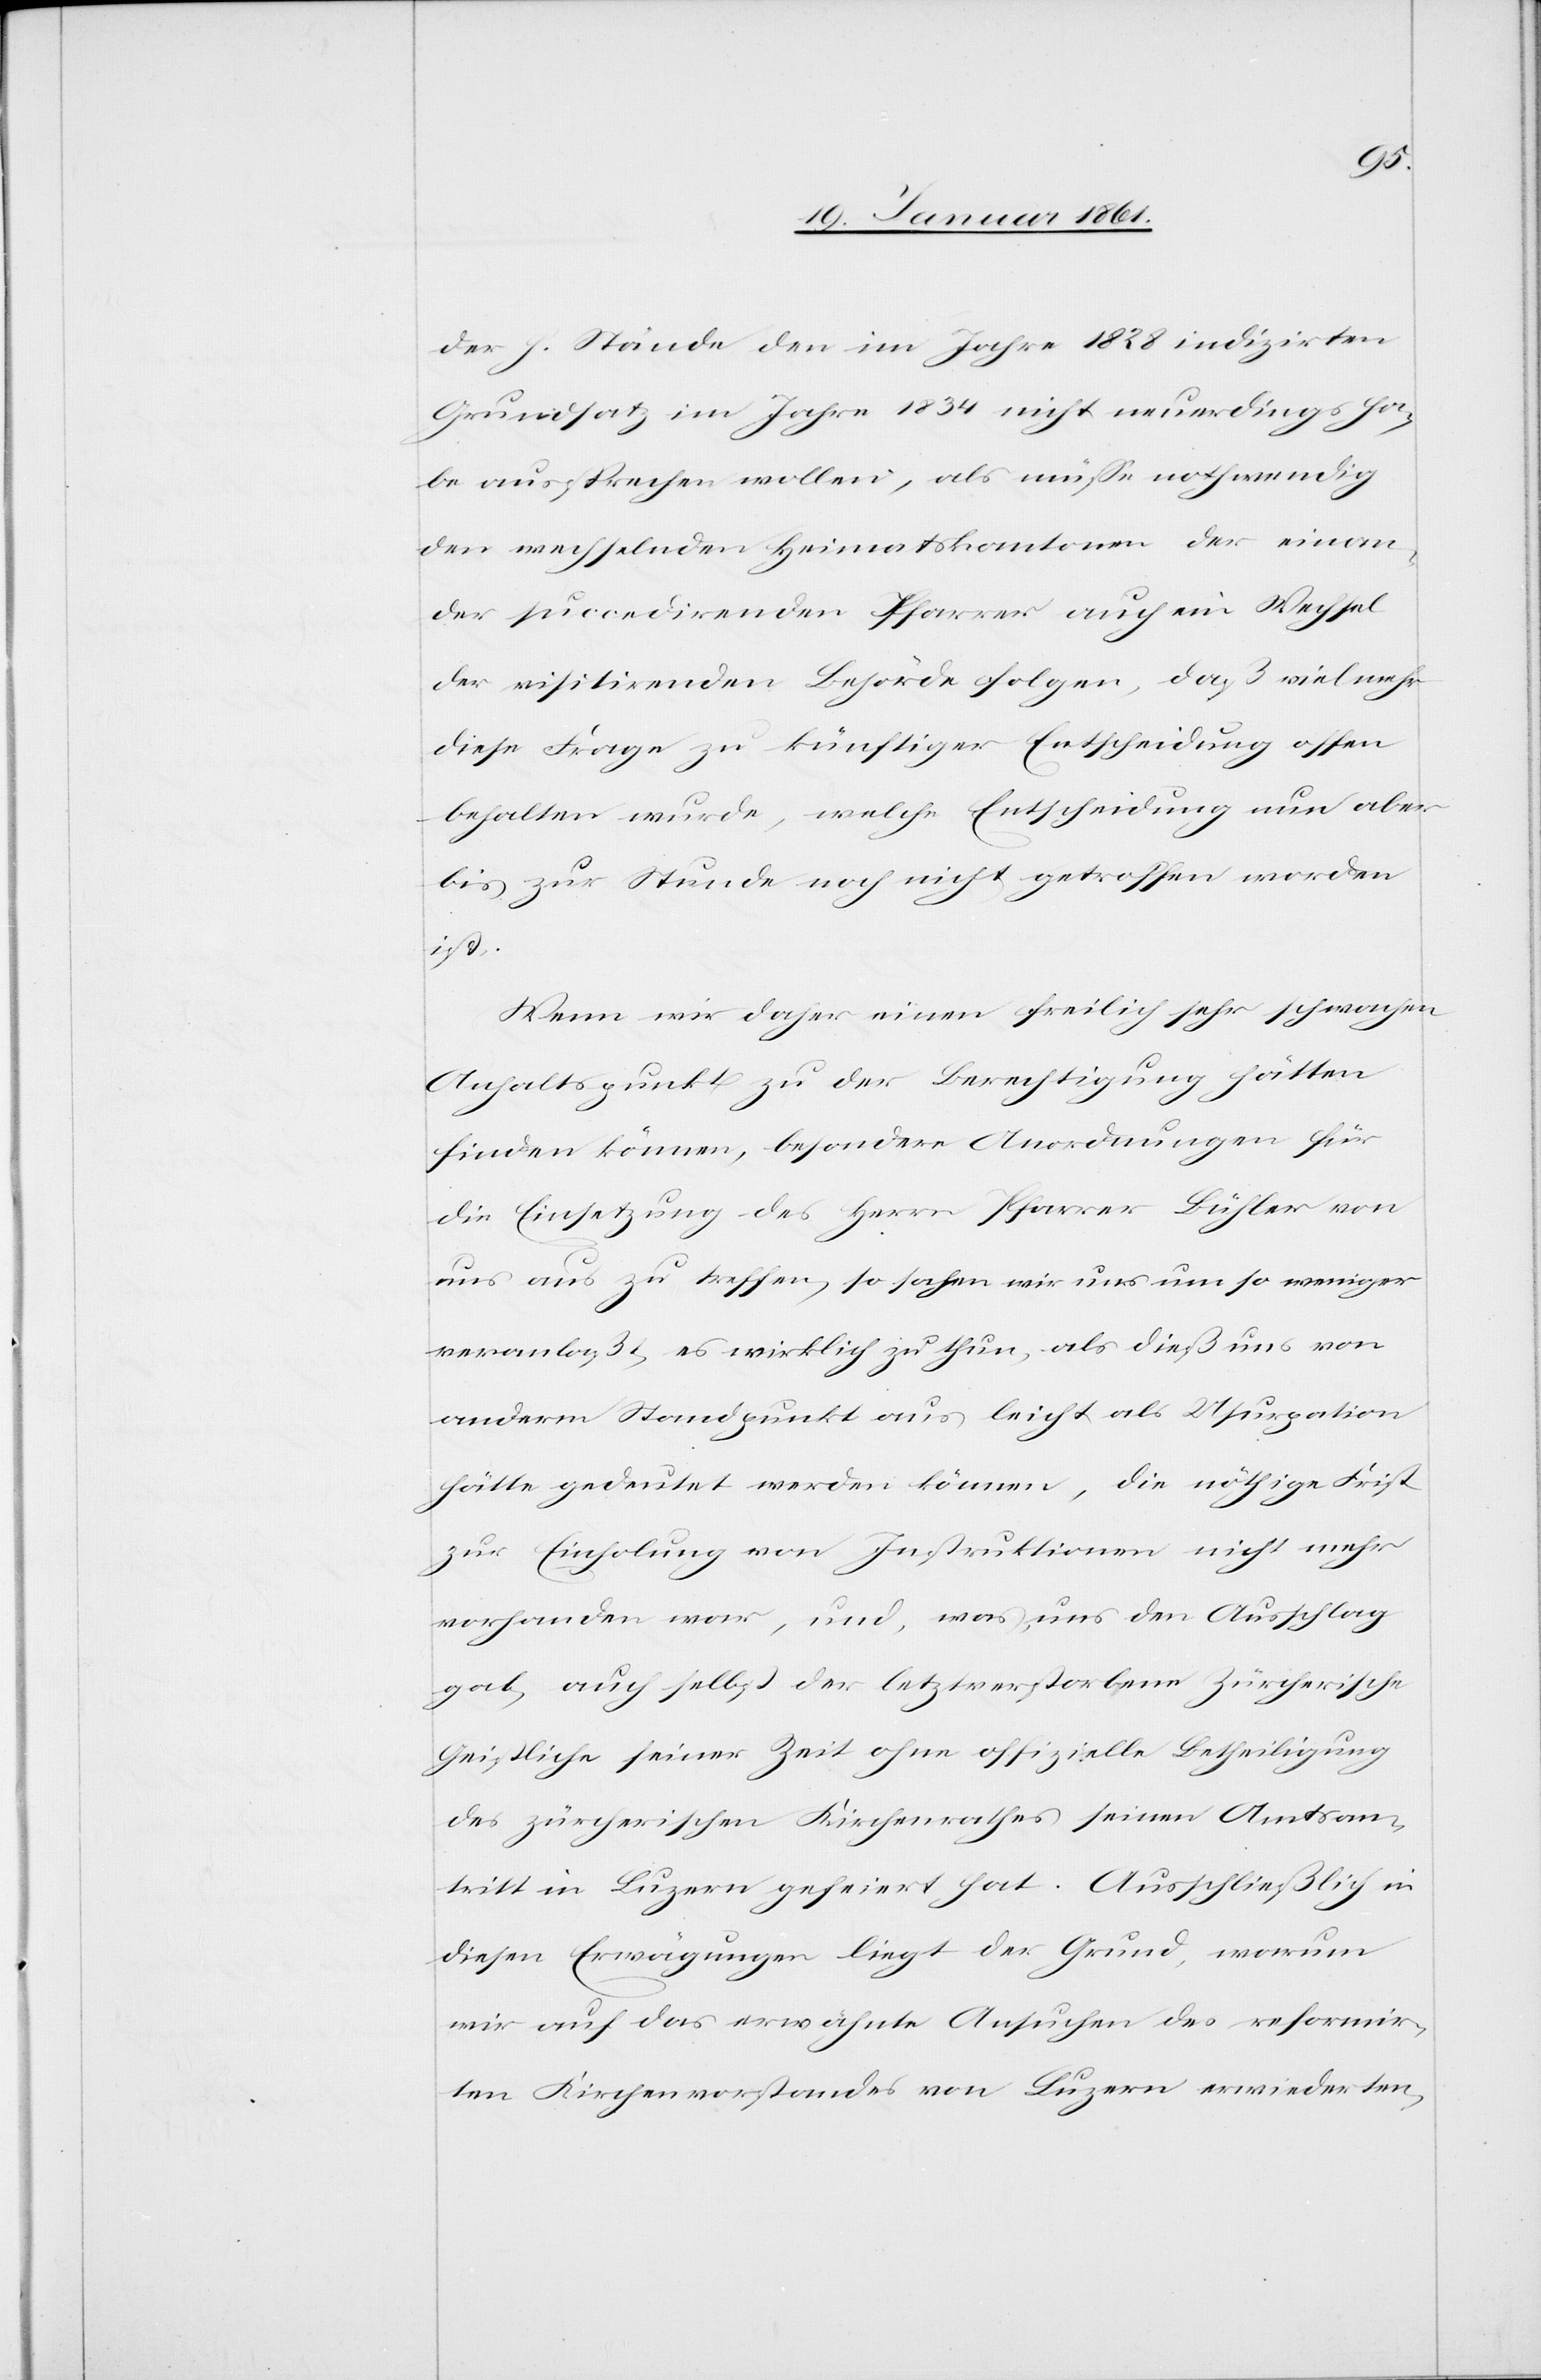
der h. Stände den im Jahre 1828 indizirten
Grundsatz im Jahre 1834 nicht neuerdings ha¬
be aussprechen wollen, als müsse nothwendig
den wechselnden Heimatskantonen der einan¬
der succedirenden Pfarrer auch ein Wechsel
der visitirenden Behörde folgen, daß vielmehr
diese Frage zu künftiger Entscheidung offen
behalten wurde, welche Entscheidung nun aber
bis zur Stunde noch nicht getroffen worden
ist.
Wenn wir daher einen freilich sehr schwachen
Anhaltspunkt zu der Berechtigung hätten
finden können, besondere Anordnungen für
die Einsetzung des Herrn Pfarrer Bühler von
uns aus zu treffen, so sahen wir uns um so weniger
veranlaßt, es wirklich zu thun, als dieß uns von
anderm Standpunkt aus leicht als Usurpation
hätte gedeutet werden können, die nöthige Frist
zur Einholung von Instruktionen nicht mehr
vorhanden war, und, was uns den Ausschlag
gab, auch selbst der letztverstorbene Zürcherische
Geistliche seiner Zeit ohne offizielle Betheiligung
des zürcherischen Kirchenrathes seinen Amtsan¬
tritt in Luzern gefeiert hat. Ausschließlich in
diesen Erwägungen liegt der Grund, warum
wir auf das erwähnte Ansuchen des reformir¬
ten Kirchenvorstandes von Luzern erwiderten,